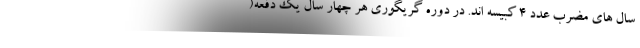
سال های مضرب عدد ۴ کبیسه اند. در دورهٔ گریگوری هر چهار سال یک دفعه(